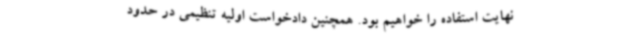
نهایت استفاده را خواهیم بود. همچنین دادخواست اولیه تنظیمی در حدود